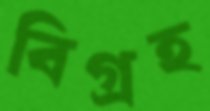
বিগ্রহ